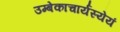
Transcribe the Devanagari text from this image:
उम्बेकाचार्यस्येयं